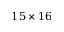
1 5 \times 1 6